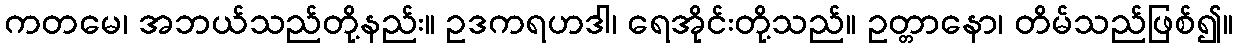
ကတမေ၊ အဘယ်သည်တို့နည်း။ ဥဒကရဟဒါ၊ ရေအိုင်းတို့သည်။ ဥတ္တာနော၊ တိမ်သည်ဖြစ်၍။